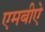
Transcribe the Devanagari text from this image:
एमबीऐ